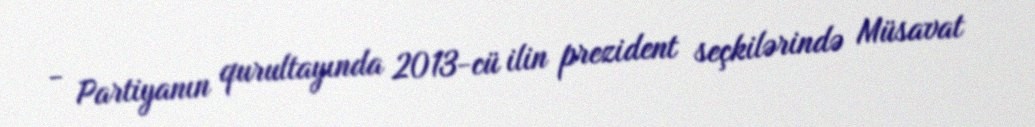
- Partiyanın qurultayında 2013-cü ilin prezident seçkilərində Müsavat